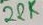
Text: 22K